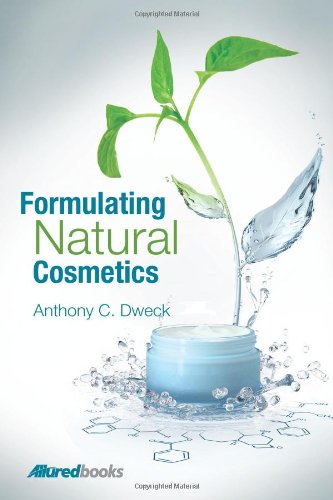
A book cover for Formulating Natural Cosmetics; Anthony C. Dweck; Science & Math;